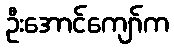
ဦးအောင်ကျော်က